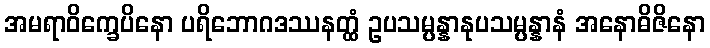
အမရာဝိက္ခေပိနော ပရိဘောဂဒဿနတ္ထံ ဥပသမ္ပန္နာနုပသမ္ပန္နာနံ အနောဓိဇိနော